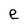
Character: e